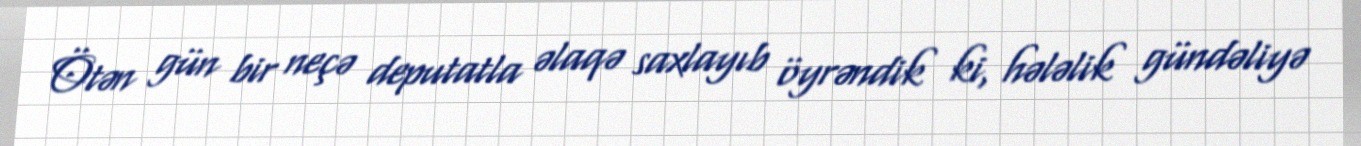
Ötən gün bir neçə deputatla əlaqə saxlayıb öyrəndik ki, hələlik gündəliyə